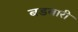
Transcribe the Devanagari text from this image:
बडवारी